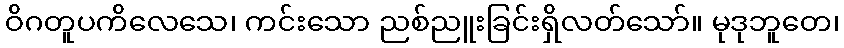
ဝိဂတူပကိလေသေ၊ ကင်းသော ညစ်ညူးခြင်းရှိလတ်သော်။ မုဒုဘူတေ၊